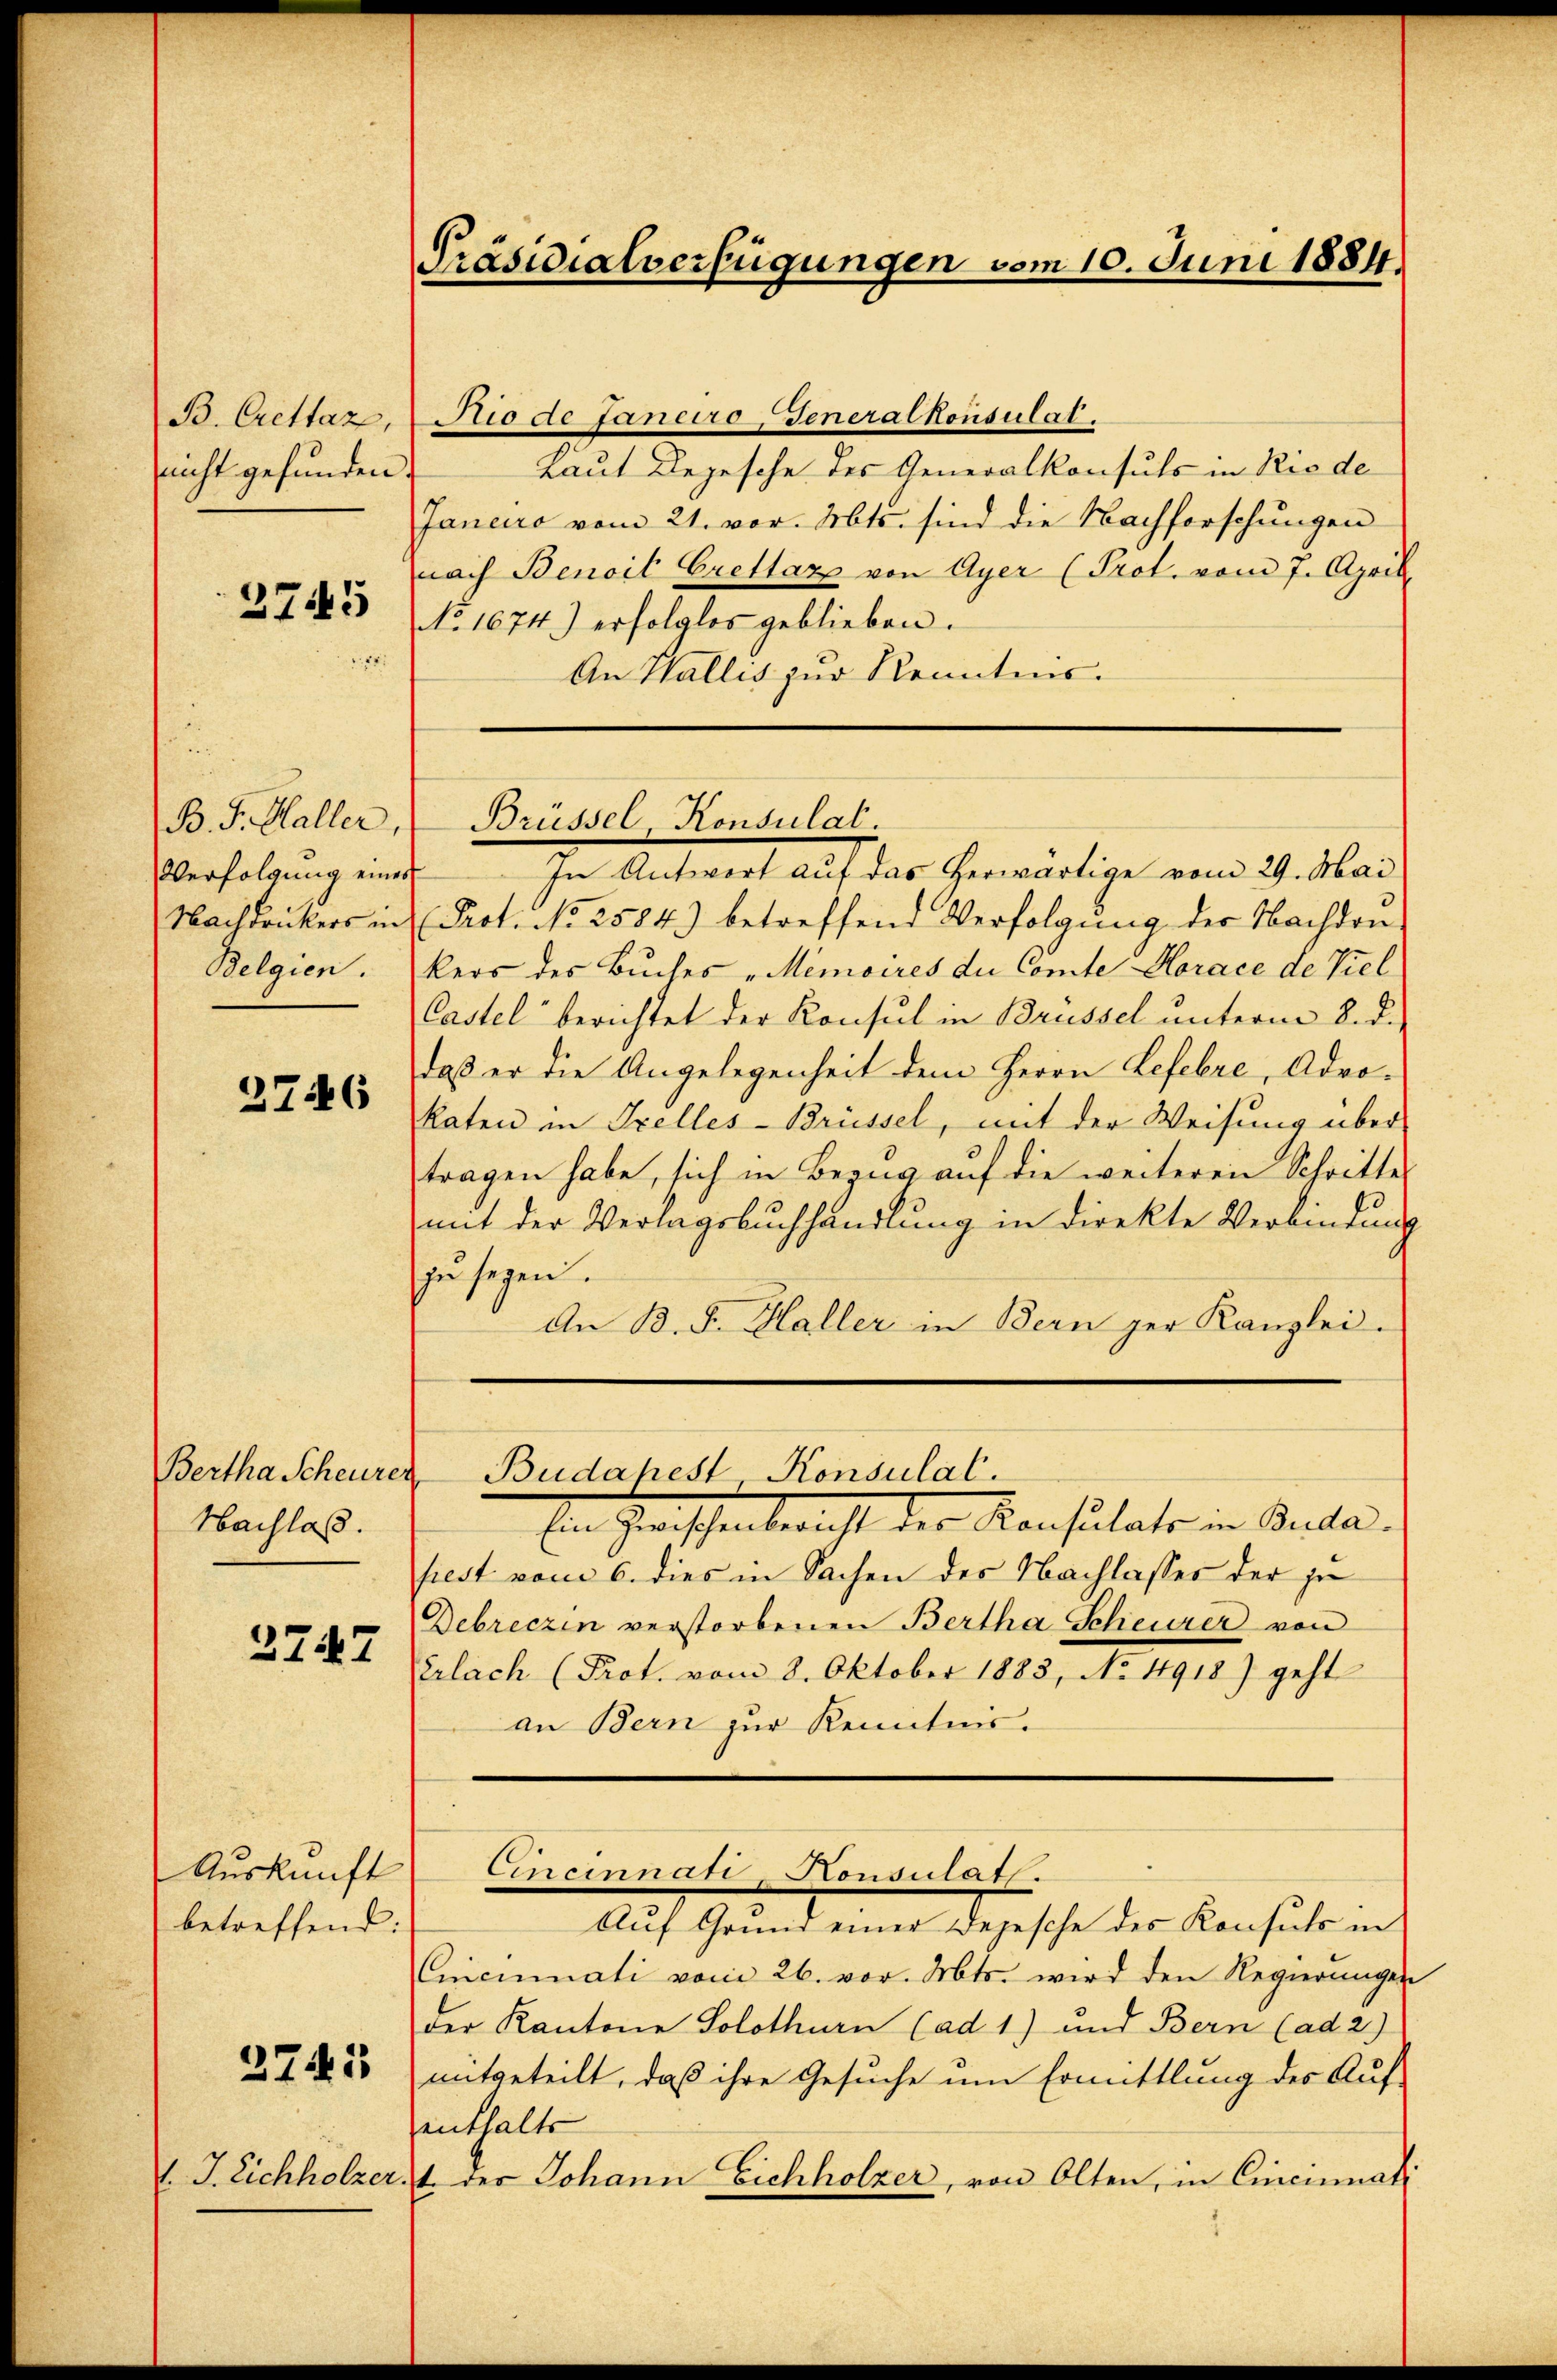
B. Crettaz,
nicht gefunden

2745

B. J. Haller,
Verfolgung eines
Nachdruckers in
Belgien.

3746

Bertha Scheurer,
Nachlaß.

3747

Auskunft
betreffend:

2741

1. J. Eichholzer

Präsidialverfügungen vom 10. Juni 1884.

Rio de Janeiro, Generalkonsulat.
Laut Depesche des Generalkonsuls in Rio de
Janeiro vom 21. vor. Mts. sind die Nachforschungen
nach Benoit Crettaz von Ayer (Prot. vom 7. April
No 1674) erfolglos geblieben.
An Wallis zur Kenntens.

Brüssel, Konsulat.

In Antwort auf das herwärtige vom 29. Mai
Prot. No 2584) betreffend Verfolgung der Nachdenkers des Buches Memoires du Comte Horace de Viel
Castel berichtet der Konsul in Brüssel unterm 8. d.
daß er die Angelegenheit dem Herrn Lefebre, Advo¬
Raten in Irelles-Brüssel, mit der Weisung über
tragen habe, sich in Bezug auf die weiteren Schritte
mit der Verlagsbuchhandlung in direkte Verbindung
zu seyen.
An B. F. Haller in Bern der Kanzlei-
Ein Zwischenbericht der Konsulats in Anta
siest vom 6. dies in Sachen des Nachlasses der ju
Debreczin verstorbenen Bertha Scheurer von
Erlach (Prot. vom 8. Oktober 1883, No 1918) geht
an Bern zur Kenntnis.
Cincinnati Konsulat
Auf Grund eine Depesche der Censurans
Cnicinati vom 26. vor. Mts. wird den Regierungen
der Kantone Solothurn (ad 1) und Bern (ad 2.)
mitgeteilt, daß ihre Gesuche um Ermittlung des Aufenthalte
1. des Johann Eichholzer, von Olten, in Cincinnati

Budapest, Konsulat.